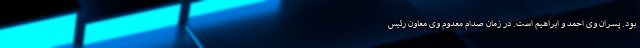
بود. پسران وی احمد و ابراهیم است. در زمان صدام معدوم وی معاون رئیس